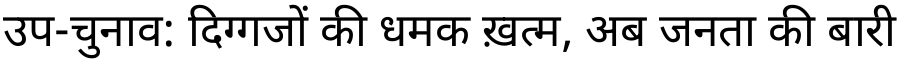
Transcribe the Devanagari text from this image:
उप-चुनाव: दिग्गजों की धमक ख़त्म, अब जनता की बारी